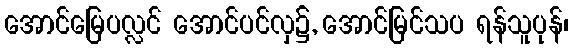
အောင်မြေပလ္လင် အောင်ပင်လှ၌, အောင်မြင်သပ ရန်သူပုန်၊